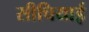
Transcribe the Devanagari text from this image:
सीचियाई